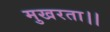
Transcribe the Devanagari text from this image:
मुखरता।।